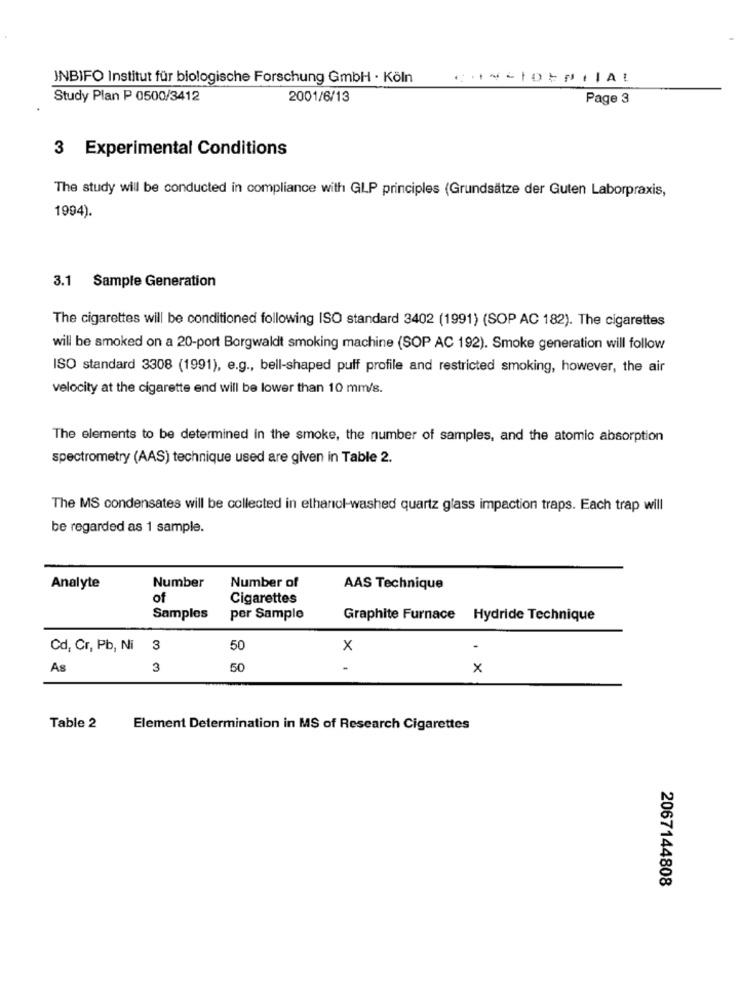
JNBIFO Institut für biologische Forschung GmbH · Köln
Study Plan P 0500/3412
2001/6/13
Page 3
3 Experimental Conditions
The study will be conducted in compliance with GLP principles (Grundsätze der Guten Laborpraxis,
1994).
3.1 Sample Generation
The cigarettes will be conditioned following ISO standard 3402 (1991) (SOP AC 182). The cigarettes
will be smoked on a 20-port Borgwaldt smoking machine (SOP AC 192). Smoke generation will follow
ISO standard 3308 (1991), e.g ., bell-shaped puff profile and restricted smoking, however, the air
velocity at the cigarette end will be lower than 10 mm/s.
The elements to be determined in the smoke, the number of samples, and the atomic absorption
spectrometry (AAS) technique used are given in Table 2.
The MS condensates will be collected in ethanol-washed quartz glass impaction traps. Each trap will
be regarded as 1 sample.
Analyte
Number
Number of
AAS Technique
of
Cigarettes
Samples
per Sample
Graphite Furnace Hydride Technique
Cd, Cr, Pb, Ni 3
50
x
-
As
3
50
x
Table 2
Element Determination in MS of Research Cigarettes
2067144808